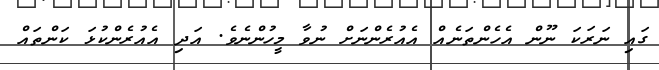
ގައި ނަރަކަ ނޫން އެހެންތަނެއް އެއުރެންނަށް ނުވާ މީހުންނެވެ. އަދި އެއުރެންކުޅަ ކަންތައް